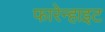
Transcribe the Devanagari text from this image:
फारेन्हाइट